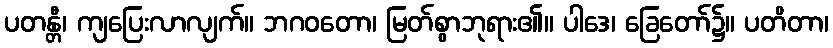
ပတန္တီ၊ ကျပြေးလာလျက်။ ဘဂဝတော၊ မြတ်စွာဘုရား၏။ ပါဒေ၊ ခြေတော်၌။ ပတိတာ၊